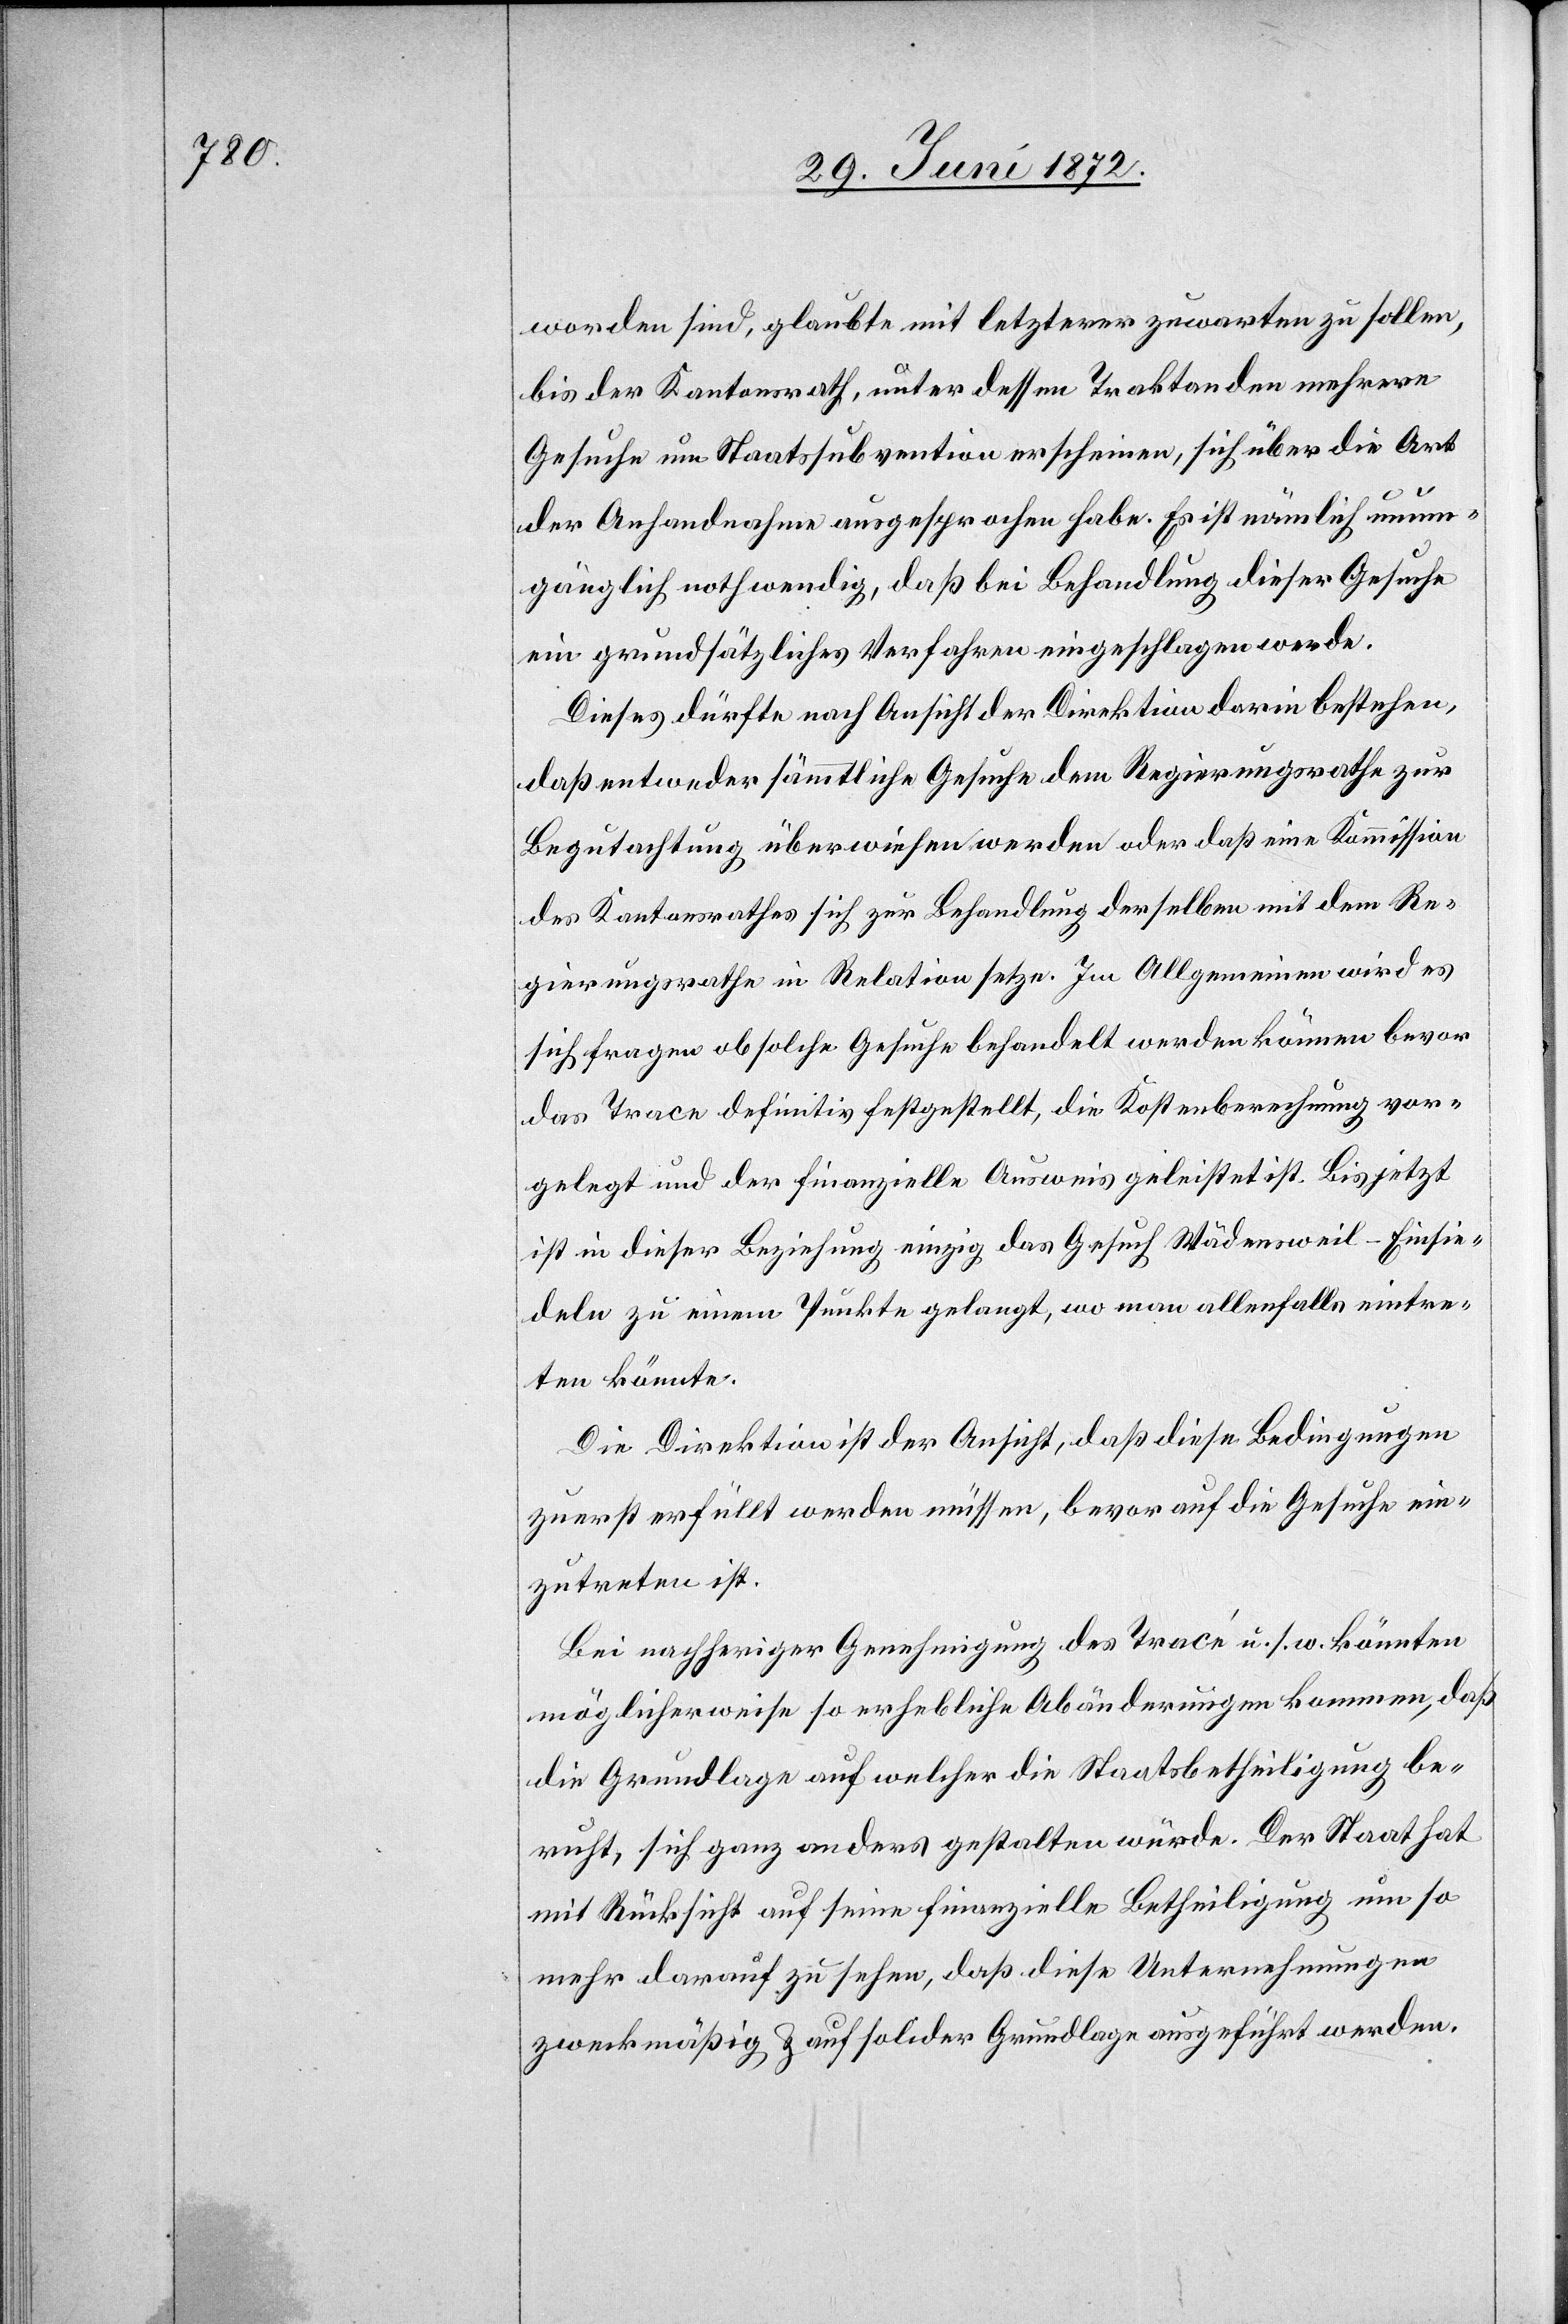
worden sind, glaubte mit letzterer zuwarten zu sollen,
bis der Kantonsrath, unter dessen Traktanden mehrere
Gesuche um Staatssubvention erscheinen, sich über die Art
der Anhandnahme ausgesprochen habe. Es ist nämlich unum¬
gänglich nothwendig, daß bei Behandlung dieser Gesuche
ein grundsätzliches Verfahren eingeschlagen werde.
Dieses dürfte nach Ansicht der Direktion darin bestehen,
daß entweder sämmtliche Gesuche dem Regierungsrathe zur
Begutachtung überwiesen werden oder daß eine Kommission
des Kantonsrathes sich zur Behandlung derselben mit dem Re¬
gierungsrathe in Relation setze. Im Allgemeinen wird es
sich fragen ob solche Gesuche behandelt werden können bevor
das Trace definitiv festgestellt, die Kostenberechnung vor¬
gelegt und der finanzielle Ausweis geleistet ist. Bis jetzt
ist in dieser Beziehung einzig das Gesuch Wädensweil–Einsie¬
deln zu einem Punkte gelangt, wo man allenfalls eintre¬
ten könnte.
Die Direktion ist der Ansicht, daß diese Bedingungen
zuerst erfüllt werden müssen, bevor auf die Gesuche ein¬
zutreten ist.
Bei nachheriger Genehmigung des Tracé u. s. w. könnten
möglicherweise so erhebliche Abänderungen kommen, daß
die Grundlage auf welcher die Staatsbetheiligung be¬
ruht, sich ganz anders gestalten würde. Der Staat hat
mit Rücksicht auf seine finanzielle Betheiligung um so
mehr darauf zu sehen, daß diese Unternehmungen
zweckmäßig u. auf solider Grundlage ausgeführt werden.